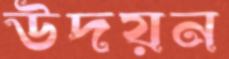
উদয়ন